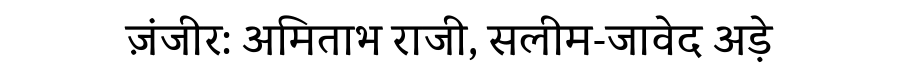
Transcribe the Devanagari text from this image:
ज़ंजीर: अमिताभ राजी, सलीम-जावेद अड़े